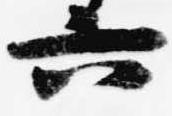
六